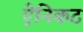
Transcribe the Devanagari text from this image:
ऐनिकट